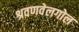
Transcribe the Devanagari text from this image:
श्रवणवेलगोल